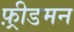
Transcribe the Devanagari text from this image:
फ़्रीडमन